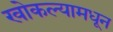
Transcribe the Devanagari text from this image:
खोकल्यामधून